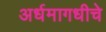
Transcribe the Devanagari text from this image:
अर्धमागधीचे